Annual report on the working of the mental hospitals in the Madras Presidency - 1912-1932
Year: 1912
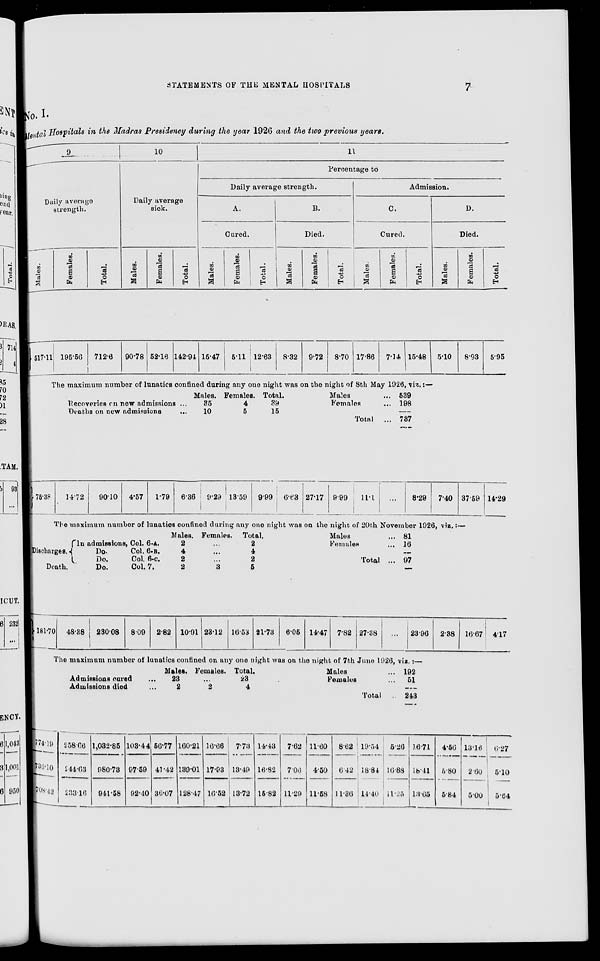
STATEMENTS OF THE MENTAL HOSPITALS
7
No. I.
Mental Hospitals in the Madras Presidency during the year 1926 and the two previous years.
9
Daily average
strength.
Males.
Females.
Total.
10
Daily average
sick.
Males.
Females.
Total.
11
Percentage to
Daily average strength.
A.
Cured.
Males.
Females.
Total.
B.
Died.
Males.
Females.
Total.
Admission.
C.
Cured.
Males.
Females.
Total.
D.
Died.
Males.
Females.
Total.
517.11
75.38
195.56
712.6
90.78 52.16 142.94 15.47
5.11 12.63 8.32 9.72 8.70 17.86 7.14 15.48
The maximum number of lunatics confined during any one night was on the night of 8th May 1926, viz.:—
Recoveries on new admissions ...
Deaths on new admissions ...
Males.
35
10
Females.
4
5
Total.
39
15
14.72
90.10 4.57
1.79
6.36
9.29 13.59 9.99 6.63 27.17
Males ...
Females ...
Total ...
9.99
11.1
539
198
737
...
8.29
5.10
8.93
5.95
7.40 37.59 14.29
The maximum number of lunatics confined during any one night was on the night of 20th November 1926, viz.:—
Discharges.
Death.
181.70 48.38
In admissions, Col. 6-A.
Do.
Col. 6-B.
Do.
Col. 6-C.
Do.
Col. 7.
230.08
8.09
2.82
Males.
2
4
2
2
10.91
Females.
...
...
...
3
23.12
Total.
2
4
2
5
16.53 21.73
6.05 14.47
Males ...
Females ...
Total ...
7.82 27.38
81
16
97
...
23.96
The maximum number of lunatics confined on any one night was on the night of 7th June 1926, viz.:—
774.19
738.10
708.42
Admissions cured ...
Admissions died ...
Males.
23
2
Females.
...
2
Total.
23
4
258.66
244.63
233.16
1,032.85
980.73
941.58
103.44
97.59
92.40
56.77
41.42
36.07
160.21
139.01
128.47
16.66
17.93
16.52
7.73
13.49
13.72
14.43
16.82
15.82
7.62
7.06
11.29
11.60
4.50
11.58
Males ...
Females ...
Total ...
8.62
6.42
11.36
19.54
18.84
14.40
192
51
243
5.26
16.88
14.25
16.71
18.41
13.65
2.38 16.67 4.17
4.56
5.80
5.84
13.16
2.60
5.00
6.27
5.10
5.64